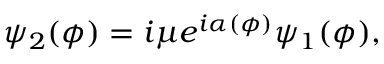
\psi _ { 2 } ( \phi ) = i \mu e ^ { i \alpha ( \phi ) } \psi _ { 1 } ( \phi ) ,